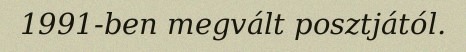
1991-ben megvált posztjától.